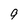
Character: 9